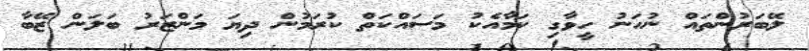
ލޭބަރުންތައް ނުހަނު ހީވާގި ކަމާއެކު މަސައްކަތް ކުރަމުން ދިޔަ މަންޒަރު ބަލަން ޒޭބާ